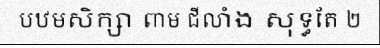
បឋមសិក្សា ពាម ជីលាំង សុទ្ធតែ ២